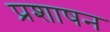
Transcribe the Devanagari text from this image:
प्रशाषन